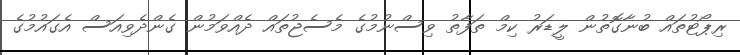
ރިޕޯޓުތައް ބުނާގޮތުން ލީޑަރު ކިމް ތަފާތު ވިސްނުމުގެ މެސެޖުތައް ދެއްވަމުން ގެންދެވިއަސް އެގައުމުގެ